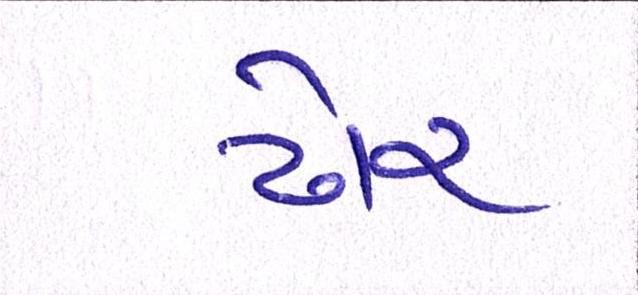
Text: ઢોર